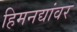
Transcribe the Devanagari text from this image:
हिमनद्यांवर